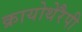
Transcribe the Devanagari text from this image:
क्रायोथेरैपी